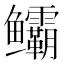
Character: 𬶻